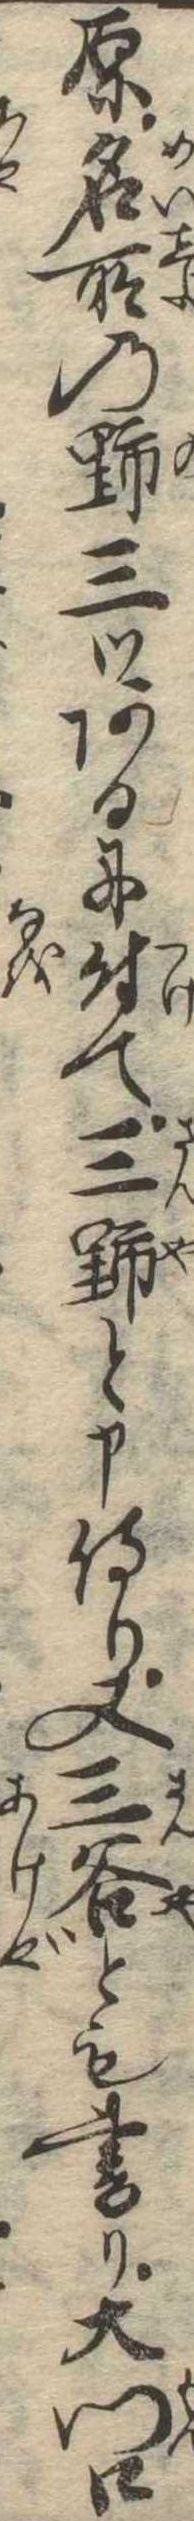
原名所の野三つあるに付て三野と申侍り又三谷とも書り大門口